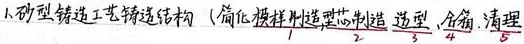
1. 砂型铸造工艺铸造结构（简化模样制造 型芯制造  \underline{造型}  \underline{合箱}  \underline{清理}\makebox[0.5em]{3} \makebox[0.5em]{4} \makebox[0.5em]{5} ）